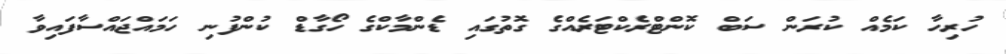
ހުރިހާ ކަމެއް ކުރަން ސަބް ކޮންޓްރެކްޓަރެއްގެ ގޮތުގައި ޑެންމާކްގެ ހޯގާޑް ކުންފުނި ހަމައްޖައްސާފައިވާ